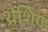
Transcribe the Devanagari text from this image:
थ्रैशिंग